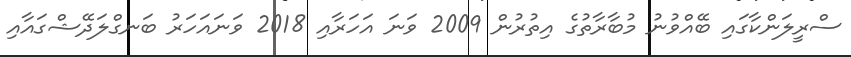
ސްރީލަންކާގައި ބޭއްވުނު މުބާރާތުގެ އިތުރުން 2009 ވަނަ އަހަރާއި 2018 ވަނަައަހަރު ބަނގްލަދޭޝްގައާއި